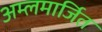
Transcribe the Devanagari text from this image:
अम्लमार्जित